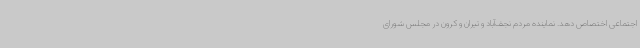
اجتماعی اختصاص دهد. نماینده مردم نجف‌آباد و تیران و کرون در مجلس شورای